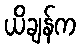
ယိချန်က